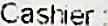
CASHIER :